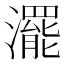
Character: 𤁣